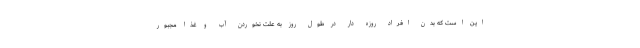
این است که بدن افراد روزه دار در طول روز به علت نخوردن آب و غذا مجبور